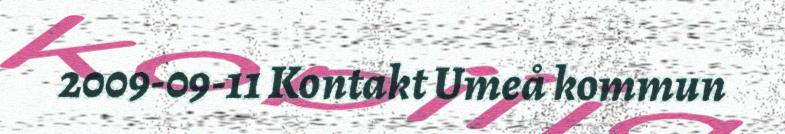
2009-09-11 Kontakt Umeå kommun